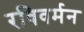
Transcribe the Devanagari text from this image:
रविवर्मन